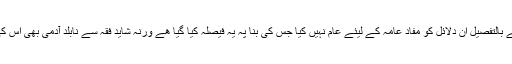
معزز ممبران کونسل نے بالتفصیل ان دلائل کو مفاد عامہ کے لیئے عام نہیں کیا جس کی بنا پہ یہ فیصلہ کیا گیا ھے ورنہ شاید فقہ سے نابلد آدمی بھی اس کی وجوہات سمجھ سکتا ۔